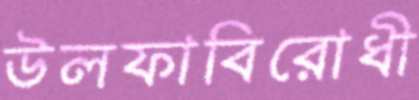
উলফাবিরোধী